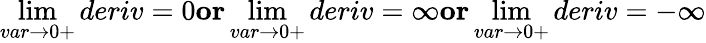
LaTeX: \operatorname*{lim}_{var\to 0+}deriv=0\textbf{or}\operatorname*{lim}_{var\to 0+}deriv=\infty\textbf{or}\operatorname*{lim}_{var\to 0+}deriv=-\infty